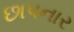
છાપનાર